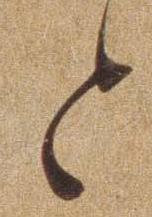
と